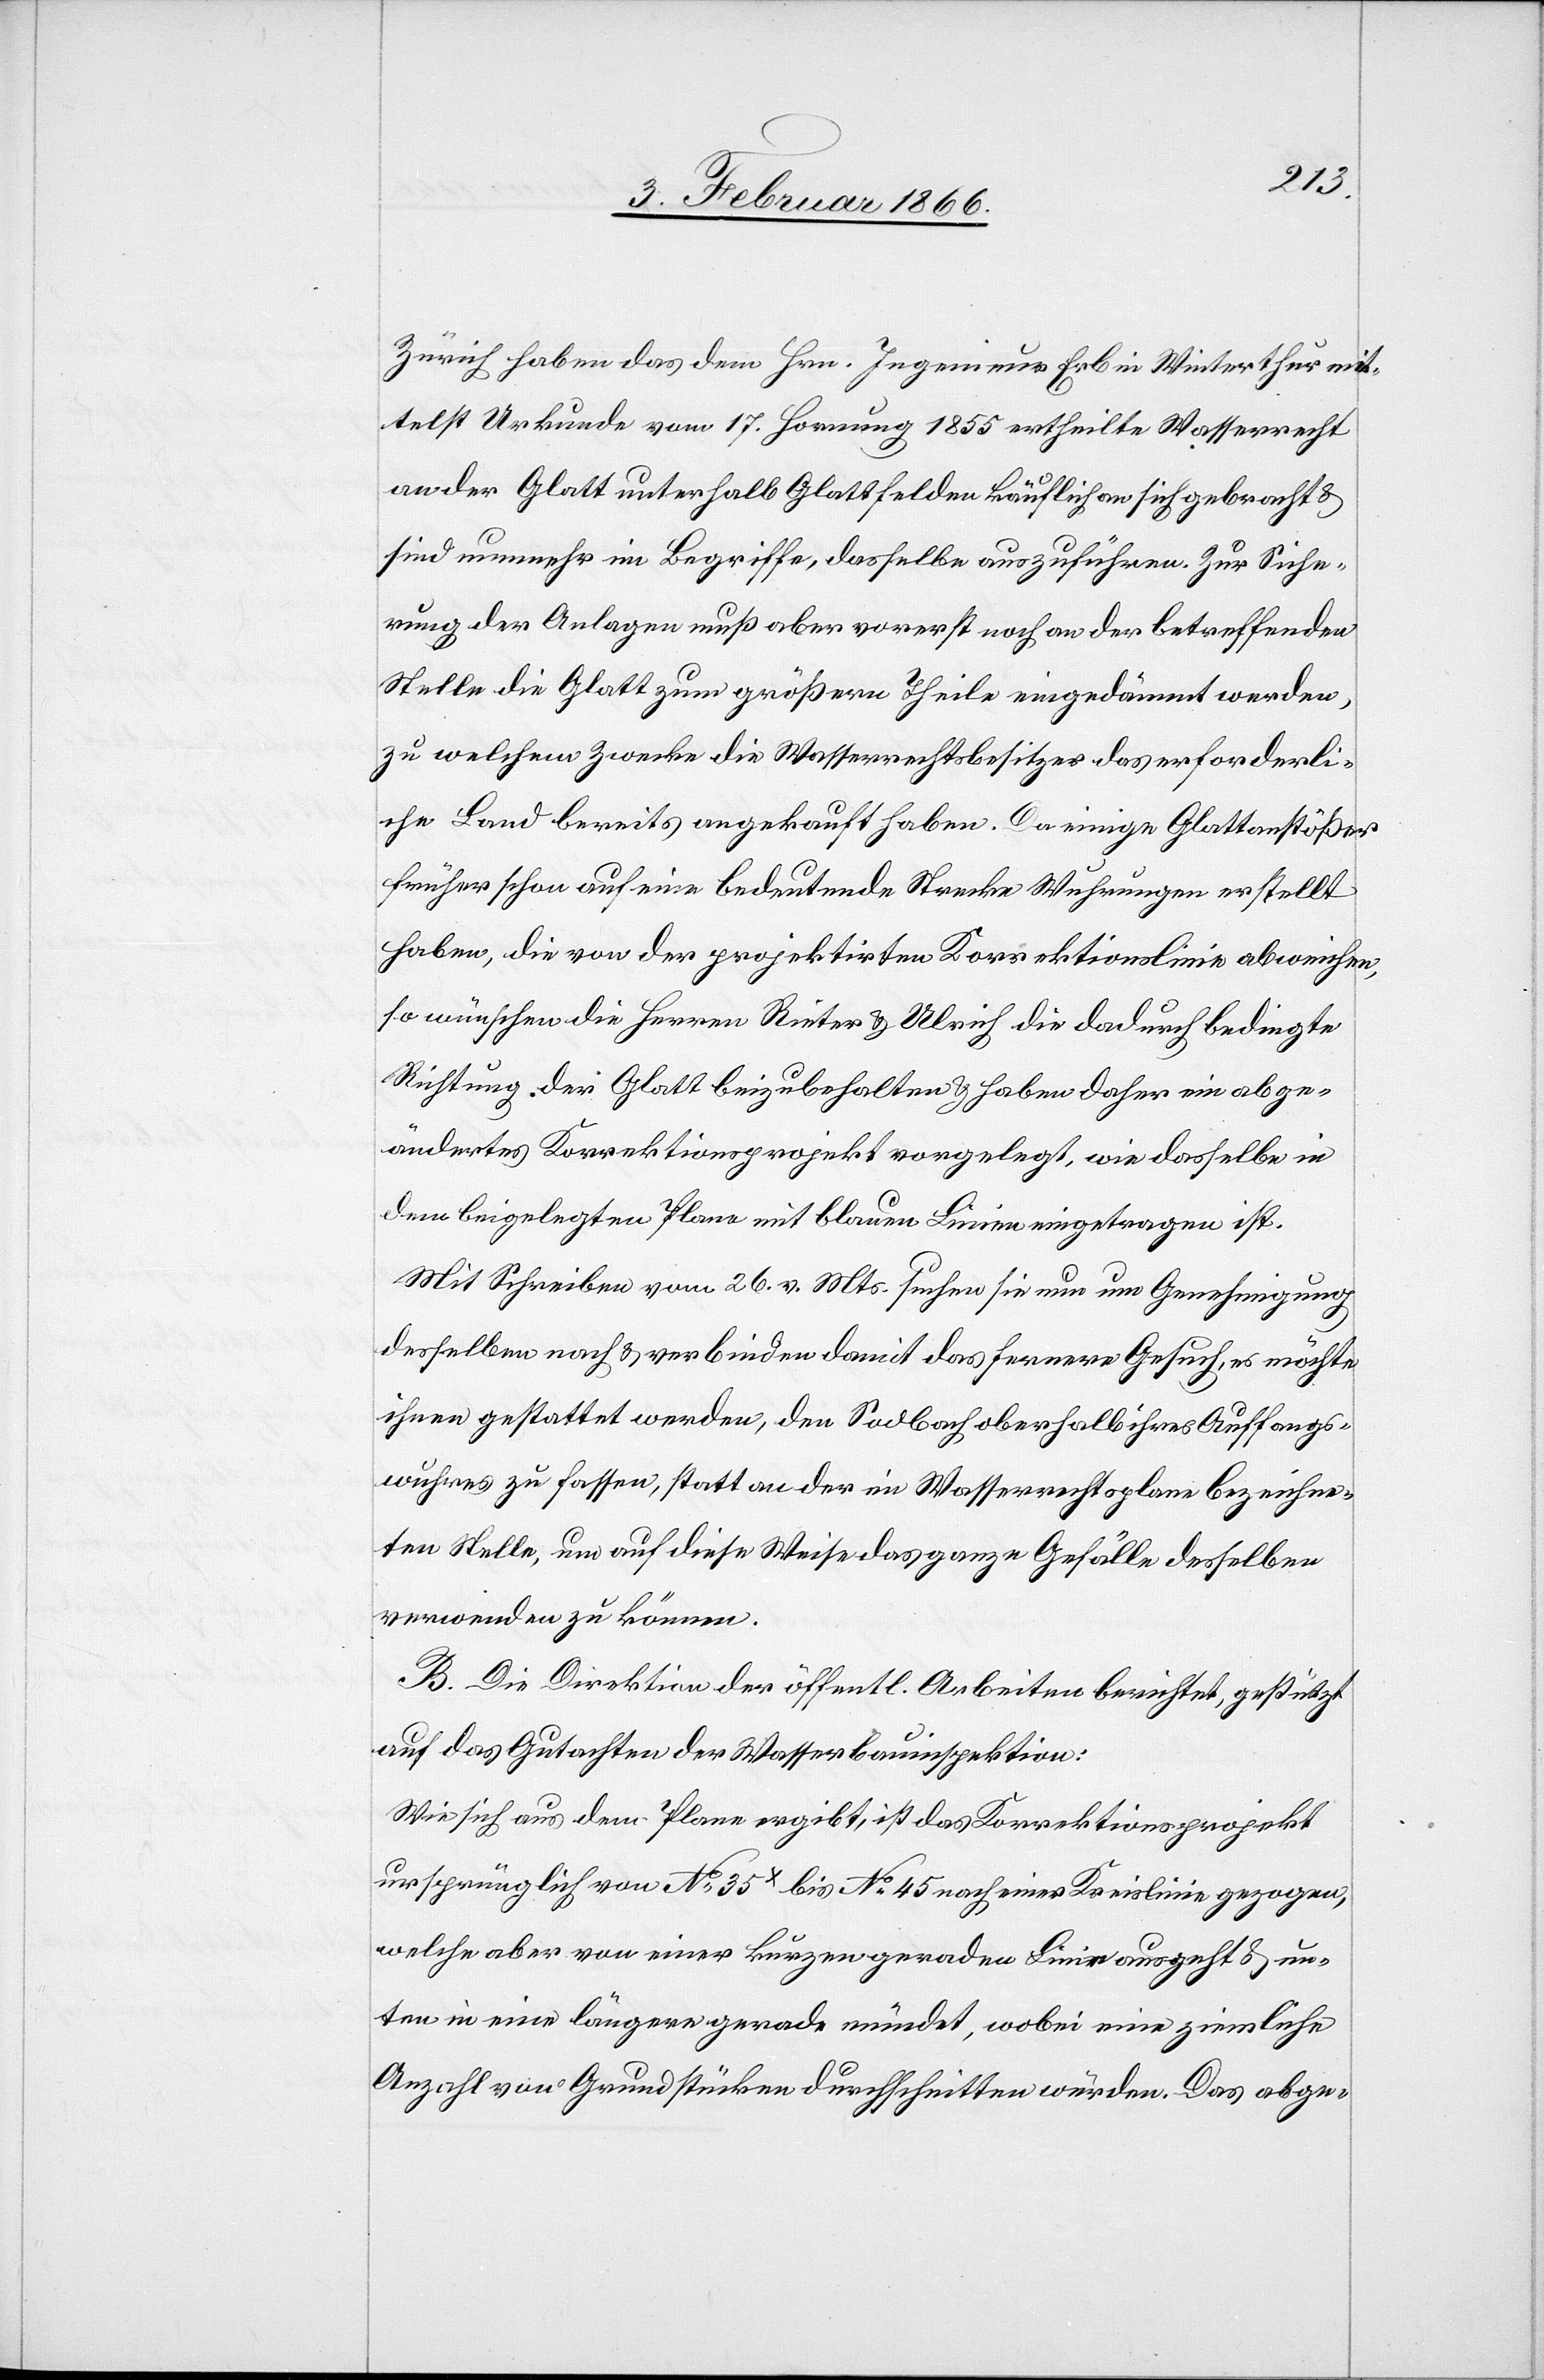
Zürich haben das dem Hrn. Ingenieur Erb in Winterthur mit¬
telst Urkunde vom 17. Hornung 1855 ertheilte Wasserrecht
an der Glatt unterhalb Glattfelden käuflich an sich gebracht &
sind nunmehr im Begriffe, dasselbe auszuführen. Zur Siche¬
rung der Anlagen muß aber vorerst noch an der betreffenden
Stelle die Glatt zum größern Theile eingedämmt werden,
zu welchem Zwecke die Wasserrechtsbesitzer das erforderli¬
che Land bereits angekauft haben. Da einige Glattanstößer
früher schon auf eine bedeutende Strecke Wuhrungen erstellt
haben, die von der projektirten Korrektionslinie abweichen,
so wünschen die Herren Rieter & Ulrich die dadurch bedingte
Richtung der Glatt beizubehalten & haben daher ein abge¬
ändertes Korrektionsprojekt vorgelegt, wie dasselbe in
dem beigelegten Plane mit blauen Linien eingetragen ist.
Mit Schreiben vom 26. v. Mts. suchen sie nun um Genehmigung
desselben nach u. verbinden damit das fernere Gesuch, es möchte
ihnen gestattet werden, den Sodbach oberhalb ihres Auffangs¬
wuhres zu fassen, statt an der im Wasserrechtsplane bezeichne¬
ten Stelle, um auf diese Weise das ganze Gefälle desselben
verwenden zu können.
B. Die Direktion der öffentl. Arbeiten berichtet, gestützt
auf das Gutachten der Wasserbauinspektion:
Wie sich aus dem Plane ergibt, ist das Korrektionsprojekt
ursprünglich von No. 35x bis No. 45 nach einer Kreislinie gezogen,
welche aber von einer kurzen geraden Linie ausgeht u. un¬
ten in eine längere gerade mündet, wobei eine ziemliche
Anzahl von Grundstücken durchschnitten würden. Das abge-